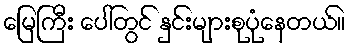
မြေကြီး ပေါ်တွင် နှင်းများစုပုံနေတယ်။